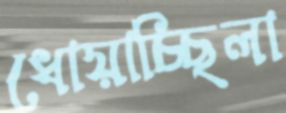
ধোয়াচ্ছিলা